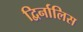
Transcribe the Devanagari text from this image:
द्विर्नालिस